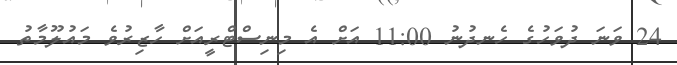
24 ވަނަ ދުވަހުގެ ހެނދުނު 11:00 އަށް އެ މިނިސްޓްރީއަށް ހާޒިރުވެ މައުލޫމާތު